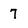
Character: 7